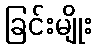
ခြင်းမျိုး